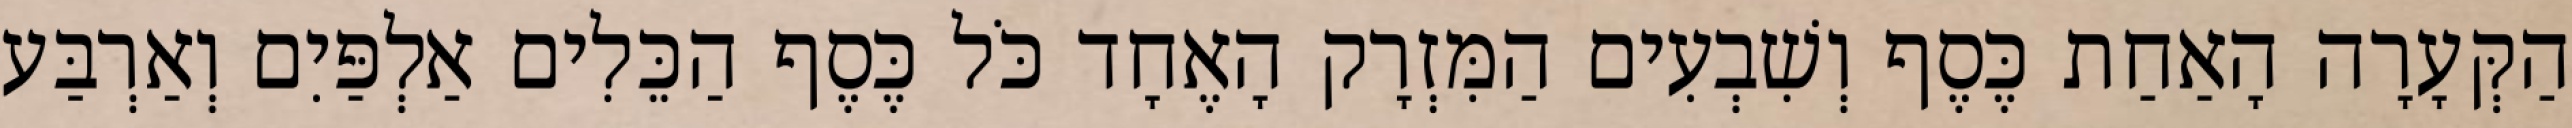
הַקְּעָרָה הָאַחַת כֶּסֶף וְשִׁבְעִים הַמִּזְרָק הָאֶחָד כֹּל כֶּסֶף הַכֵּלִים אַלְפַּיִם וְאַרְבַּע